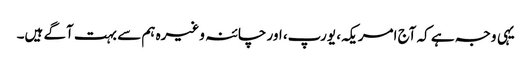
یہی وجہ ہے کہ آج امریکہ، یورپ، اور چائنہ وغیرہ ہم سے بہت آگے ہیں۔